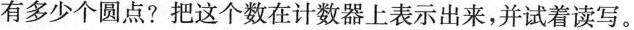
有多少个圆点？把这个数在计数器上表示出来，并试着读写。